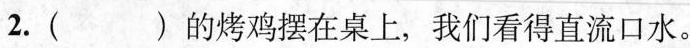
2. ( )的烤鸡摆在桌上，我们看得直流口水。